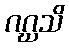
ဂဂ္ဃသိ